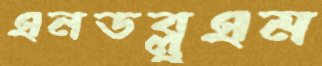
এনডব্লুএম